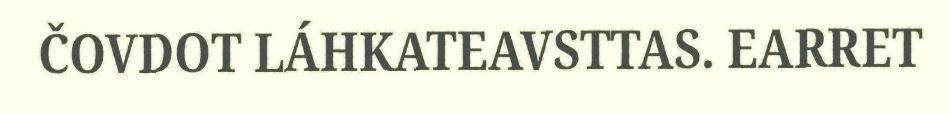
ČOVDOT LÁHKATEAVSTTAS. EARRET